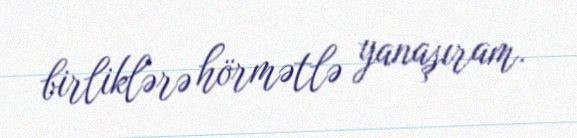
birliklərə hörmətlə yanaşıram.